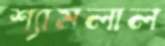
শ্যামলাল